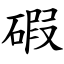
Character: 碬